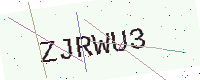
Text: ZJRWU3